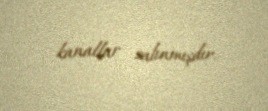
kanallar salınmışdır.